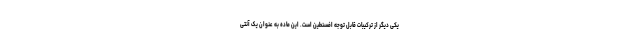
یکی دیگر از ترکیبات قابل توجه افسنطین است. این ماده به عنوان یک آنتی